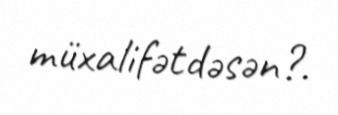
müxalifətdəsən?.